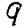
Digit: 9